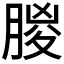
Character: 䶽